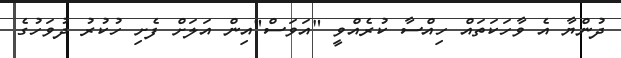
ދުންޔާ އެ ވާހަކަތައް ހިއްސާ ކުރެއްވީ "އަވަސް"އިން އަލަށް ފެށި ހުކުރު ދުވަހުގެ